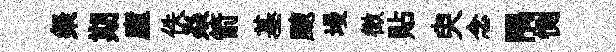
粲期廬佚焱箭基颼墁徴貼臾念隅惻